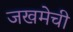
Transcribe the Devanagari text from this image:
जखमेची